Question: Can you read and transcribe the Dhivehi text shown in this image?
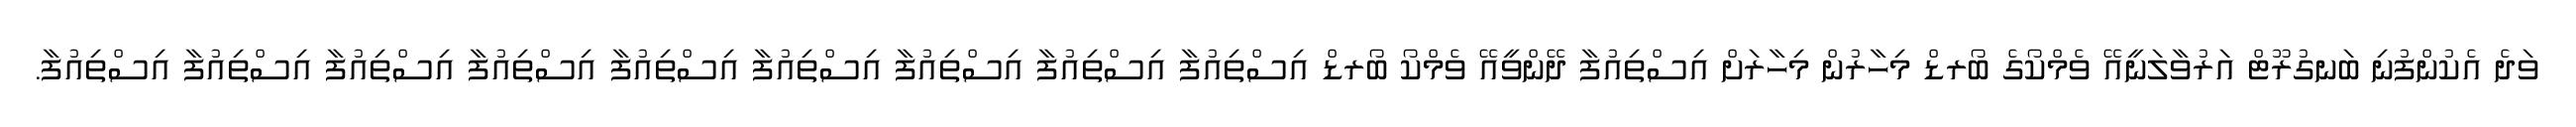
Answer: ވަދެ އެކުންފުނި ބަނގުރޫޓް އަރުވާލަނީއޭ ވެމްކޯގެ ބޯރޑް މިހާރުން މިހާރަށް އިސްތިއުފާ ދޭންވީއޭ ވެމްކޯ ބޯރޑް އިސްތިއުފާ އިސްތިއުފާ އިސްތިއުފާ އިސްތިއުފާ އިސްތިއުފާ އިސްތިއުފާ އިސްތިއުފާ އިސްތިއުފާ އިސްތިއުފާ.